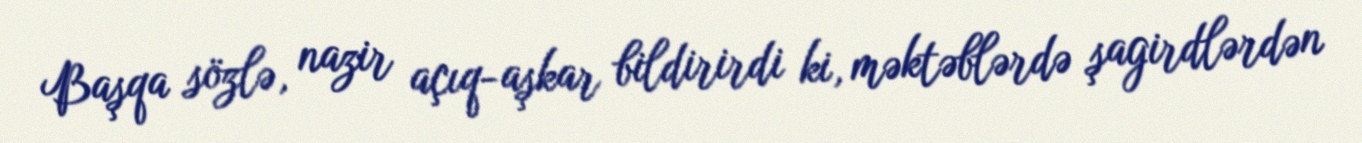
Başqa sözlə, nazir açıq-aşkar bildirirdi ki, məktəblərdə şagirdlərdən